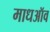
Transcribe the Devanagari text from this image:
माधऑव